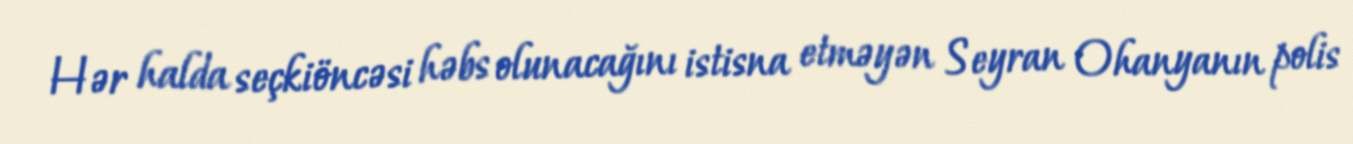
Hər halda seçkiöncəsi həbs olunacağını istisna etməyən Seyran Ohanyanın polis